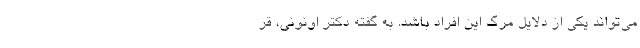
می‌تواند یکی از دلایل مرگ این افراد باشد. به گفته دکتر اونونی، قر